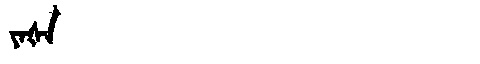
Manchu: ᠶᠠᡧᠠ
Romanization: YAŠA